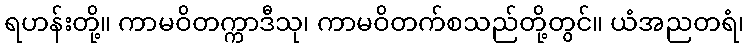
ရဟန်းတို့။ ကာမဝိတက္ကာဒီသု၊ ကာမဝိတက်စသည်တို့တွင်။ ယံအညတရံ၊